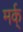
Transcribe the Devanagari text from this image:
मर्क्